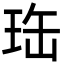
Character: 珤